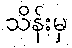
သိန်းမှ